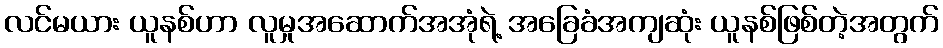
လင်မယား ယူနစ်ဟာ လူမှုအဆောက်အအုံရဲ့ အခြေခံအကျဆုံး ယူနစ်ဖြစ်တဲ့အတွက်